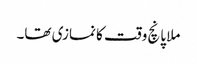
ملا پانچ وقت کا نمازی تھا۔